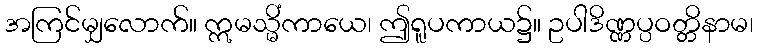
အကြင်မျှလောက်။ ဣမသ္မိံကာယေ၊ ဤရူပကာယ၌။ ဥပါဒိဏ္ဏပ္ပဝတ္တိနာမ၊